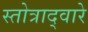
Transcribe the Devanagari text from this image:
स्तोत्राद्वारे